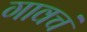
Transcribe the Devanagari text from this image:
गावचं